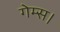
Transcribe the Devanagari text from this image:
गेम्स।